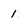
Character: 1